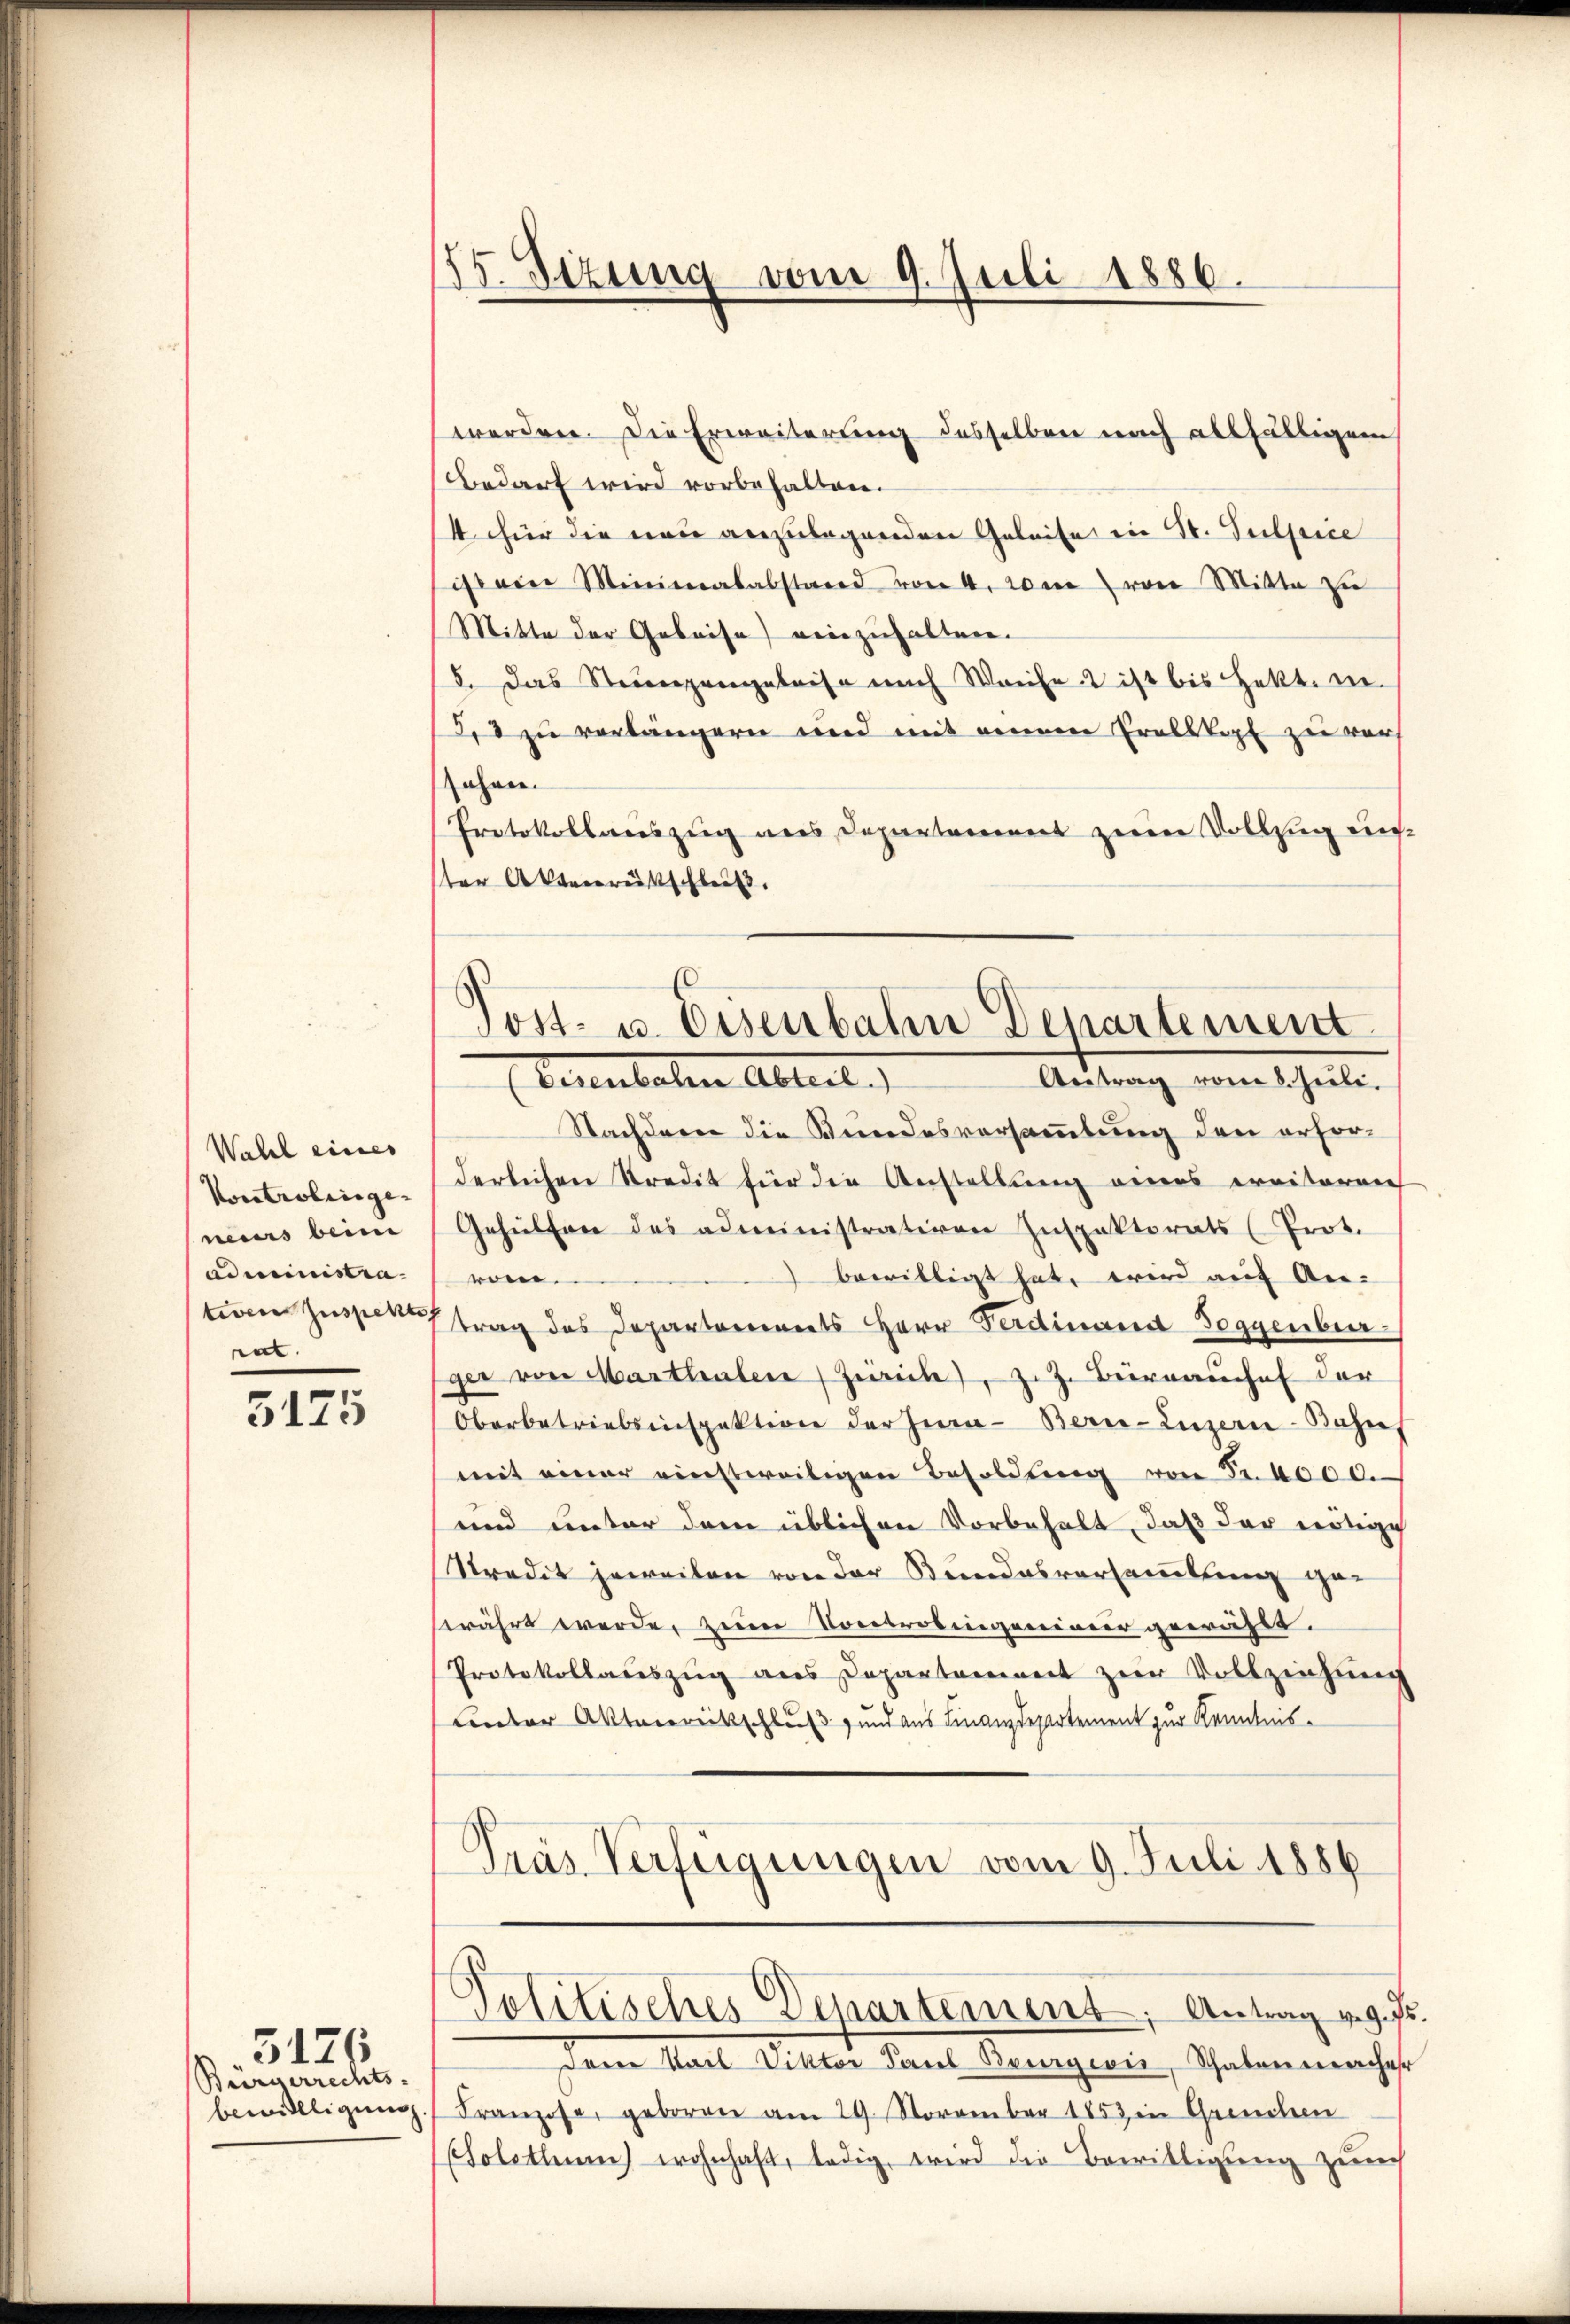
Wahl eines
Kontrolinge-
neurs beim
administrativen Zuspekt
ent.

5175

Bürgerrechts-
bewilligung

5176

55. Sizung vom 9. Juli 1886.

werden. Die Erweiterung desselben nach allfälligem
Bedarf wird vorbehalten.
4 für die neu anzulegenden Geleise in St. Substice
ist ein Minimalabstand von 4. vom von Mitte zu
Mitte der Gebeise einzuhalten.
5. Das Steingangeleise nach Weise ist bis Hekt. in.
rd zu verlängern und mit einem Probstalt zu ver¬
Johan
Protokollauszug aus Departement zum Vollzug uns
ter Aktenrütschleuß

Post- u. Eisenbahn Departement
Antrag vom 8. Juli.
Vernenbachen Abteil

Nachdem die Kundesversammlung den erforderlichen Stredit für die Anstellung eines erritoren
Gehülfen des administrativen Inspektorats (Prot.
roen.
 bewilligt hat, wird auf An-
trag des Departements Herr Ferdinand Soggenburger von Marthalen (Zeich, z. Z. Bureauches der
Oberbetriebsinspektion der Jura - Bern-Luzern Bahnf
mit einer einstweiligen Besoldung von Fr. 4000.
und unter dem üblichen Vorbehalt, daß der nötige
Stredit jeweilen von der Kundesversamlung geswährt werde, zum Vorprobingeniver gewählt.
Protokollaŭszŭg ans Departement zur Vollziehung
Lnter Aktverrückschluß und aus Finanzdepartement zur Kenntnis-
Pras Verfügungen vom 9. Juli 1886

Petitisches Departement; Antrag v. 9. Fr.

Deren Kail Viktor Paul Bourgivis, Schaben macher
Franzose, geboren am 29. November 1853 in Grenchen
Choletten) wohnhaft, ledig, wird die Bewilligung zum